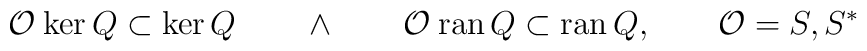
\mathcal{O}\>\mathrm{ker}\,Q\subset \mathrm{ker}\,Q\quad \quad \wedge \quad\quad \mathcal{O}\>\mathrm{ran}\,Q\subset \mathrm{ran}\,Q,\quad \quad \mathcal{O}=S,S^{\ast }